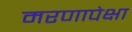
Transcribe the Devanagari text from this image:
मरणापेक्षा